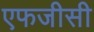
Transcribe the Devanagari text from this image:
एफजीसी